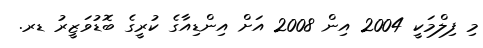
މި ފިލްމަކީ 2004 އިން 2008 އަށް އިންޑިއާގެ ކުރީގެ ބޮޑުވަޒީރު ޑރ.